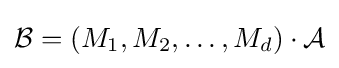
{\mathcal {B}}=(M_{1},M_{2},\ldots ,M_{d})\cdot {\mathcal {A}}